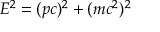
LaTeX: E ^ { 2 } = ( p c ) ^ { 2 } + ( m c ^ { 2 } ) ^ { 2 } \,